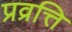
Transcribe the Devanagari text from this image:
प्रव्रत्ति